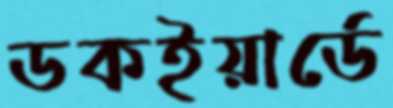
ডকইয়ার্ডে